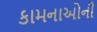
કામનાઓની